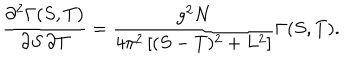
\frac { \partial ^ { 2 } \Gamma ( S , T ) } { \partial S \, \partial T } = \frac { g ^ { 2 } N } { 4 \pi ^ { 2 } \left[ ( S - T ) ^ { 2 } + L ^ { 2 } \right] } \Gamma ( S , T ) .